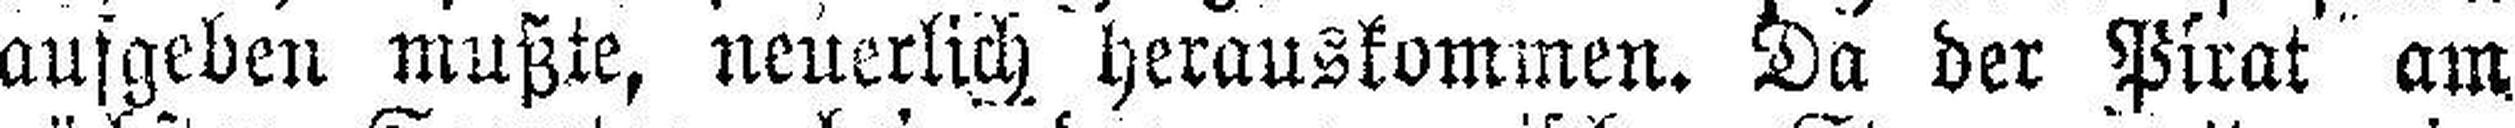
aufgeben mußte, neuerlich, herauskommen. Da der Pirat am